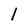
Character: l